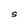
Character: S